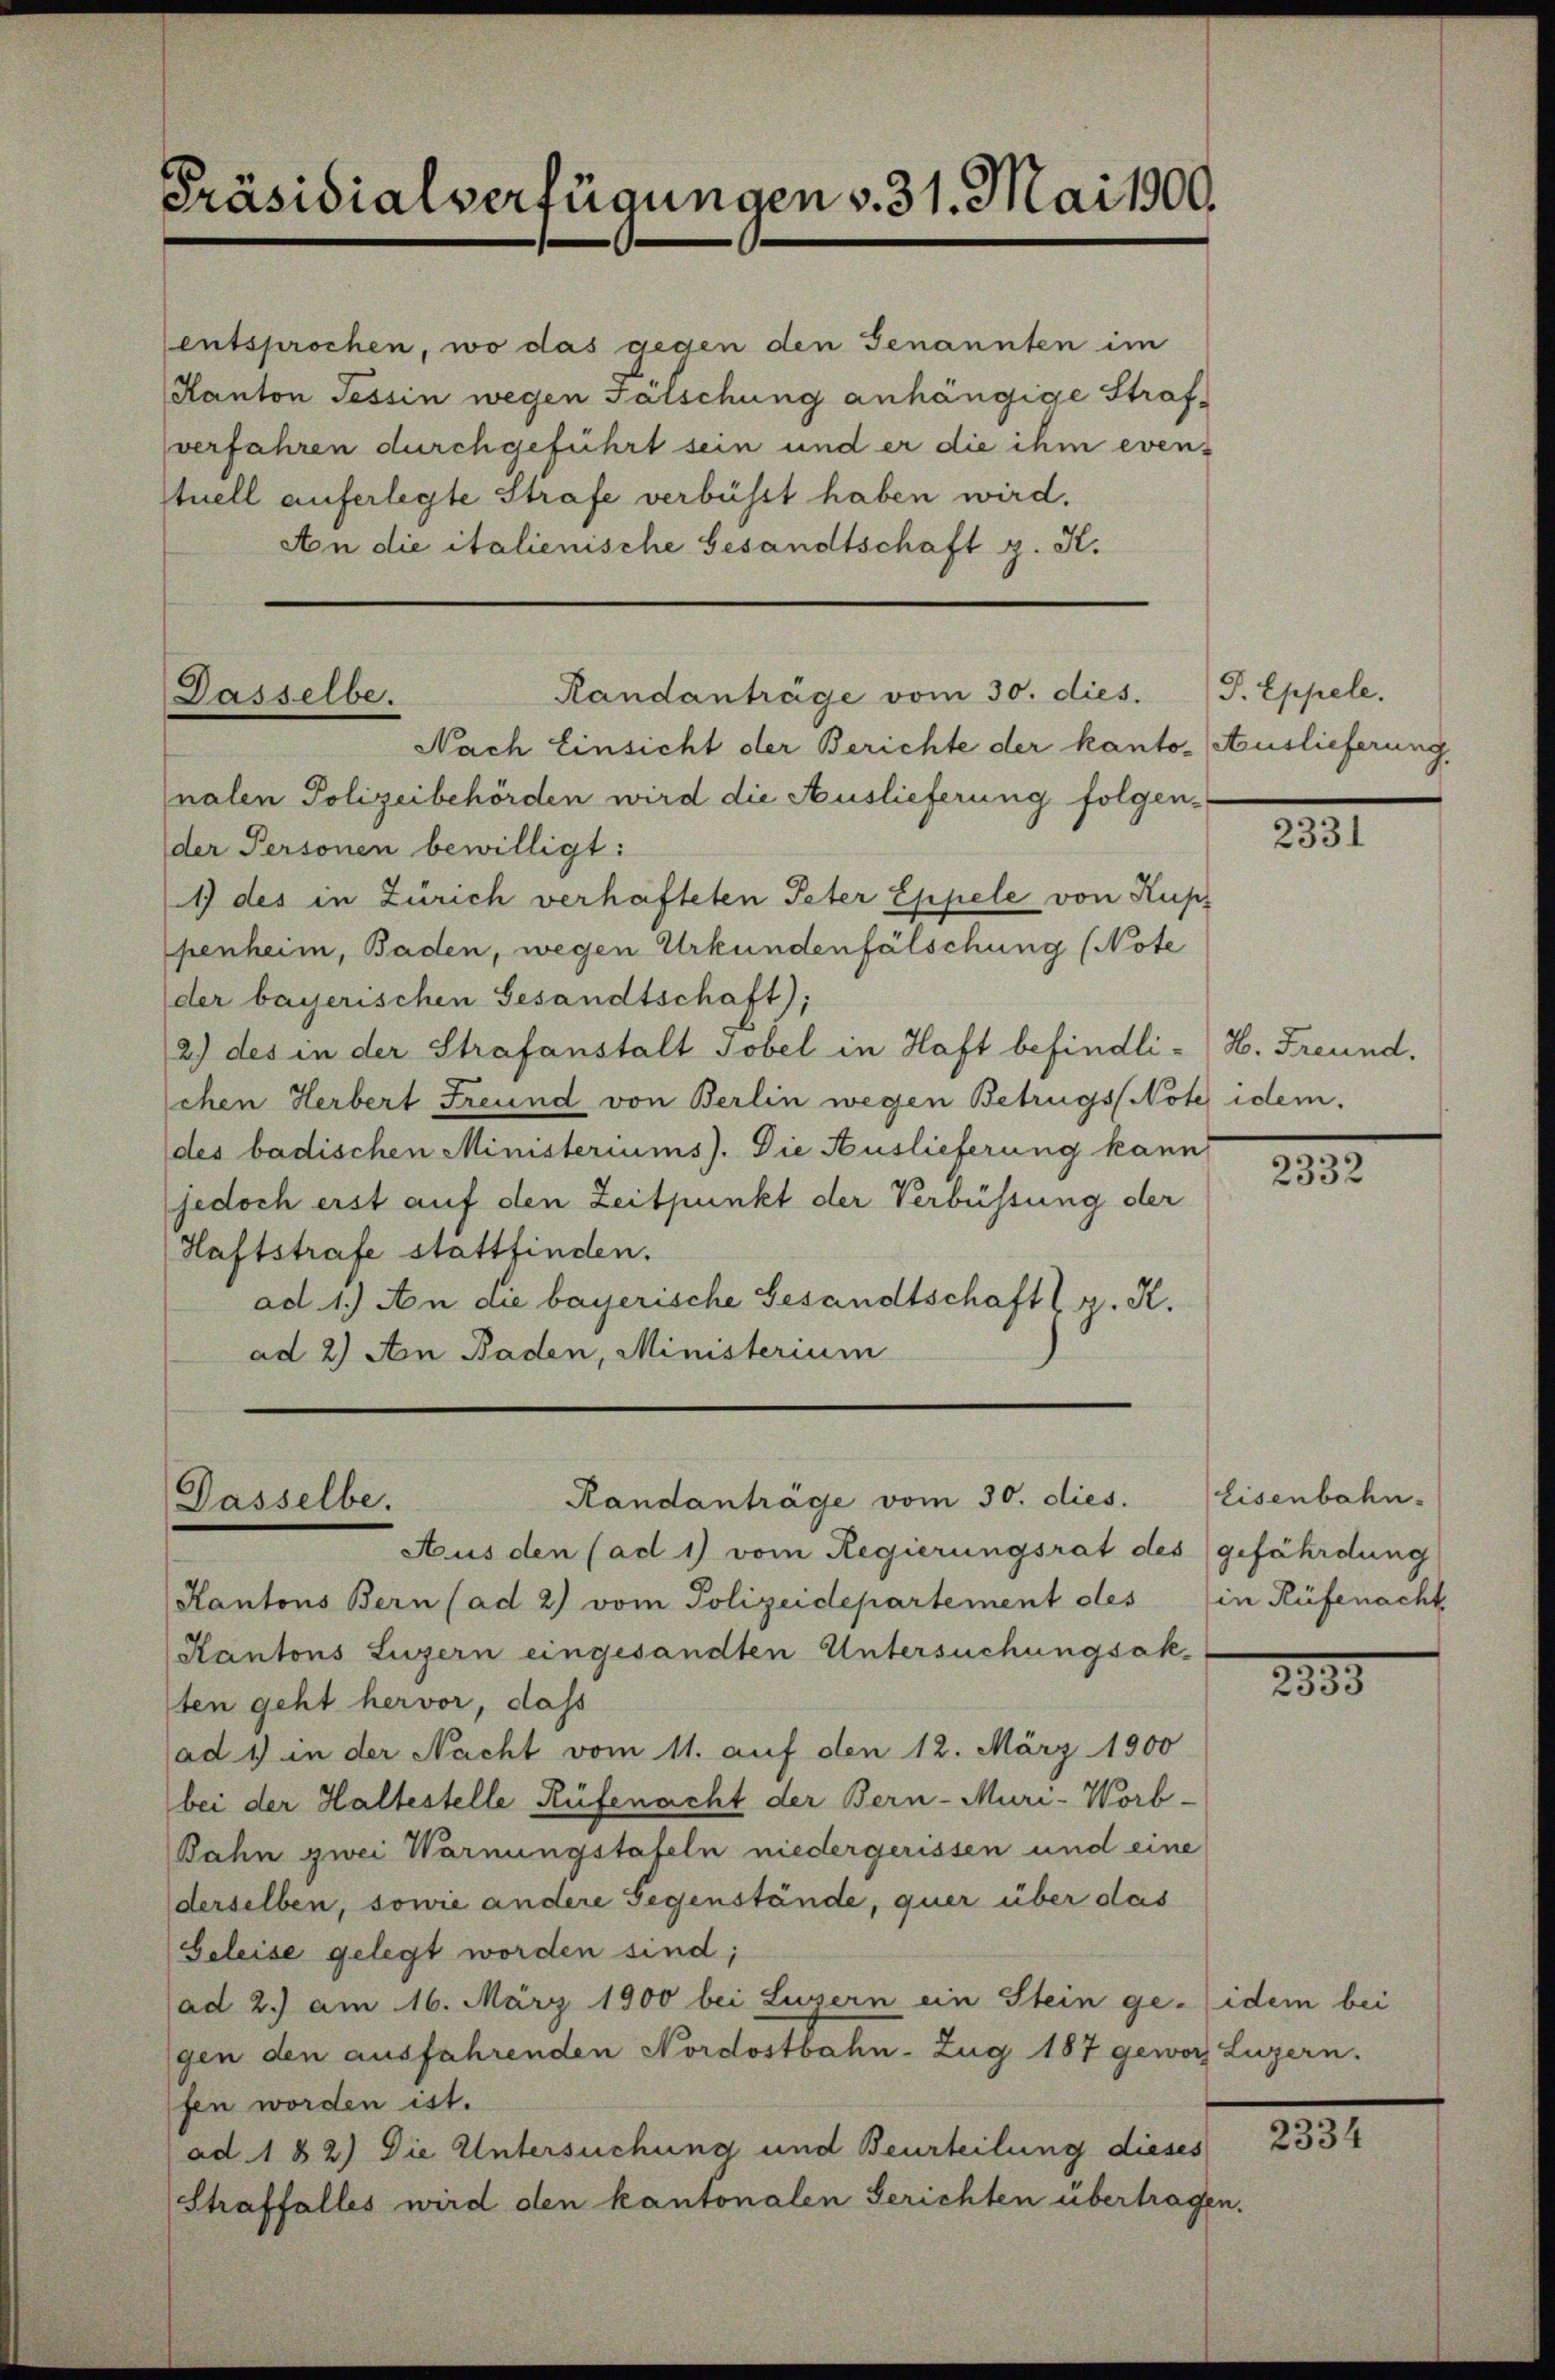
Präsidialverfügungen v. 31. Mai 1900.

entsprochen, wo das gegen den Genannten im
Kanton Tessin wegen Fälschung anhängige Strafverfahren durchgeführt sein und er die ihm eventuell auferlegte Strafe verbüsst haben wird.
An die italienische Gesandtschaft z. K.

Randanträge vom 30. dies. S. Eppele.
Dasselbe.

Randanträge vom 30. dies.
Dasselbe.

Nach Einsicht der Berichte der kanto- Auslieferung,
nalen Polizeibehörden wird die Auslieferung folgen-
der Personen bewilligt:
1) des in Zürich verhafteten Peter Eppele von Kup
penheim, Baden, wegen Urkundenfälschung (Note
der bayerischen Gesandtschaft);
2.) des in der Strafanstalt Tobel in Haft befindli-H. Freund.
chen Herbert Freund von Berlin wegen Betrugs Note idem.
des badischen Ministeriums). Die Auslieferung kann
jedoch erst auf den Zeitpunkt der Verbüssung der
Haftstrafe stattfinden.
ad. 1.) An die bayerische Gesandtschaft (z. R.
ad 2) An Baden, Ministerium

Aus den (ad 1) vom Regierungsrat des gefährdung
Kantons Bern (ad 2) vom Polizeidepartement des
Kantons Luzern eingesandten Untersuchungsak-
ten geht hervor, dass
ad 1) in der Nacht vom 11. auf den 12. März 1900
bei der Haltestelle Rüfenacht der Bern-Muri-Worb-
Bahn zwei Warnungstafeln niedergerissen und eine
derselben, sowie andere Gegenstände, quer über das
Geleise gelegt worden sind;
(ad 2.) am 16. März 1900 bei Luzern ein Stein ge- idem bei
gen den ausfahrenden Nordostbahn-Zug 187 geworf Luzern.
fen worden ist.
ad 182) Die Untersuchung und Beurteilung dieses
Straffalles wird den kantonalen Gerichten übertragen.

2331

2332

Eisenbahn.
in Rüfenacht

1835

2381